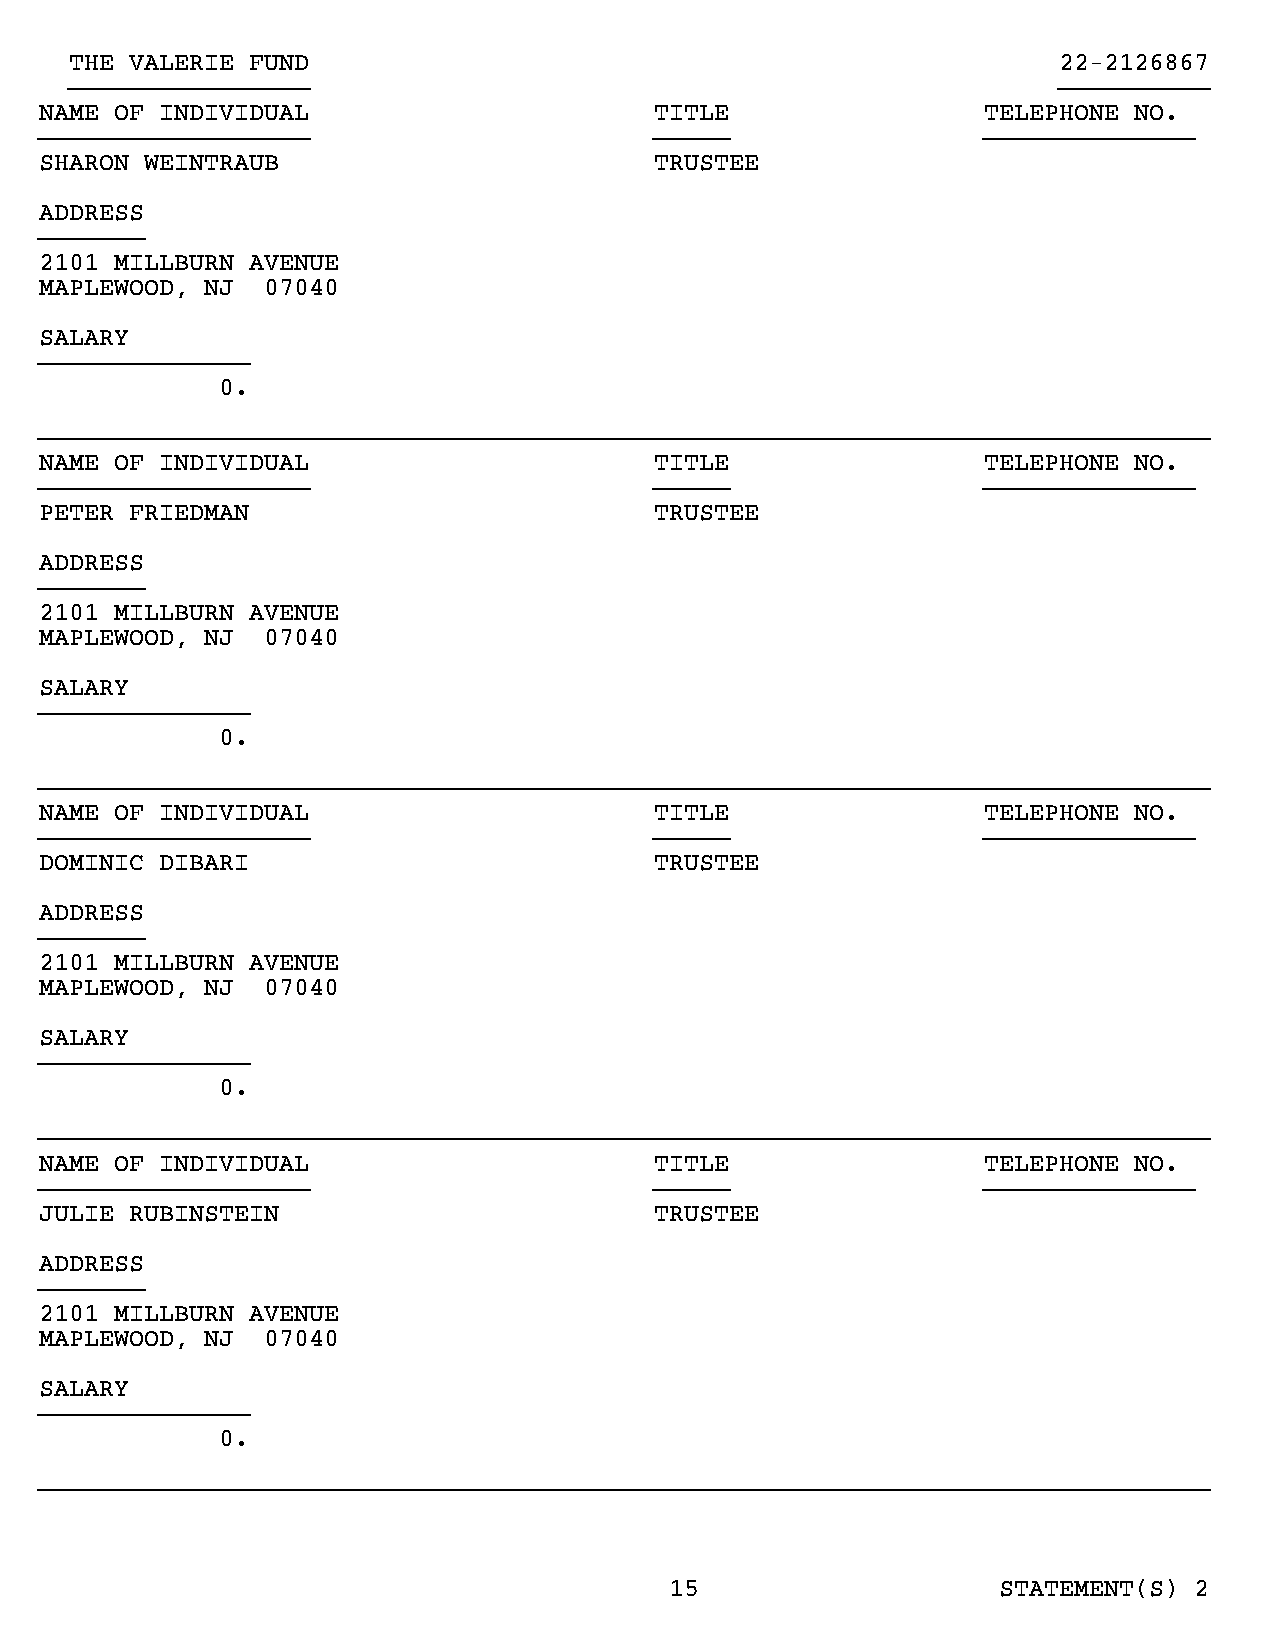
THE VALERIE FUND                                                 22-2126867
 }}}}}}}}}}}}}}}}                                                 }}}}}}}}}}
 NAME OF INDIVIDUAL                      TITLE                 TELEPHONE NO.
 }}}}}}}}}}}}}}}}}}                      }}}}}                 }}}}}}}}}}}}}}
 SHARON WEINTRAUB                        TRUSTEE
 ADDRESS
 }}}}}}}
 2101 MILLBURN AVENUE
 MAPLEWOOD, NJ 07040
 SALARY
 }}}}}}}}}}}}}}
 0.
 }}}}}}}}}}}}}}}}}}}}}}}}}}}}}}}}}}}}}}}}}}}}}}}}}}}}}}}}}}}}}}}}}}}}}}}}}}}}}}
 NAME OF INDIVIDUAL                      TITLE                 TELEPHONE NO.
 }}}}}}}}}}}}}}}}}}                      }}}}}                 }}}}}}}}}}}}}}
 PETER FRIEDMAN                          TRUSTEE
 ADDRESS
 }}}}}}}
 2101 MILLBURN AVENUE
 MAPLEWOOD, NJ 07040
 SALARY
 }}}}}}}}}}}}}}
 0.
 }}}}}}}}}}}}}}}}}}}}}}}}}}}}}}}}}}}}}}}}}}}}}}}}}}}}}}}}}}}}}}}}}}}}}}}}}}}}}}
 NAME OF INDIVIDUAL                      TITLE                 TELEPHONE NO.
 }}}}}}}}}}}}}}}}}}                      }}}}}                 }}}}}}}}}}}}}}
 DOMINIC DIBARI                          TRUSTEE
 ADDRESS
 }}}}}}}
 2101 MILLBURN AVENUE
 MAPLEWOOD, NJ 07040
 SALARY
 }}}}}}}}}}}}}}
 0.
 }}}}}}}}}}}}}}}}}}}}}}}}}}}}}}}}}}}}}}}}}}}}}}}}}}}}}}}}}}}}}}}}}}}}}}}}}}}}}}
 NAME OF INDIVIDUAL                      TITLE                 TELEPHONE NO.
 }}}}}}}}}}}}}}}}}}                      }}}}}                 }}}}}}}}}}}}}}
 JULIE RUBINSTEIN                        TRUSTEE
 ADDRESS
 }}}}}}}
 2101 MILLBURN AVENUE
 MAPLEWOOD, NJ 07040
 SALARY
 }}}}}}}}}}}}}}
 0.
 }}}}}}}}}}}}}}}}}}}}}}}}}}}}}}}}}}}}}}}}}}}}}}}}}}}}}}}}}}}}}}}}}}}}}}}}}}}}}}
 15                    STATEMENT(S) 2